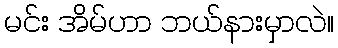
မင်း အိမ်ဟာ ဘယ်နားမှာလဲ။